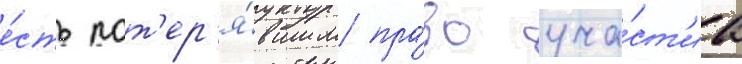
е́сть пот'ер'я́вшим пра́во уча́ст'иа